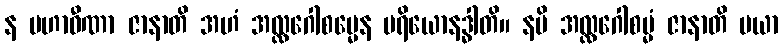
န မဟာဝီဏာ ဇာနာတိ အဟံ အလ္လဂေါစမ္မေန ပရိယောနဒ္ဓါတိ။ နပိ အလ္လဂေါစမ္မံ ဇာနာတိ မယာ